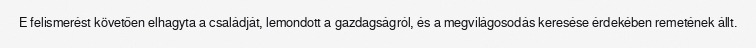
E felismerést követően elhagyta a családját, lemondott a gazdagságról, és a megvilágosodás keresése érdekében remetének állt.